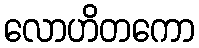
လောဟိတကော